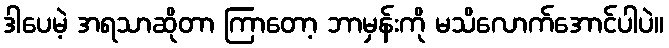
ဒါပေမဲ့ အရသာဆိုတာ ကြာတော့ ဘာမှန်းကို မသိလောက်အောင်ပါပဲ။